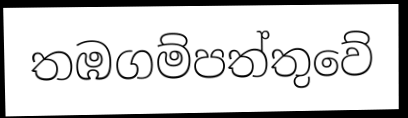
තඹගම්පත්තුවේ